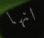
انها